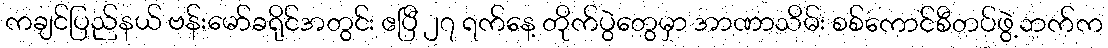
ကချင်ပြည်နယ် ဗန်းမော်ခရိုင်အတွင်း ဧပြီ ၂၇ ရက်နေ့ တိုက်ပွဲတွေမှာ အာဏာသိမ်း စစ်ကောင်စီတပ်ဖွဲ့ဘက်က